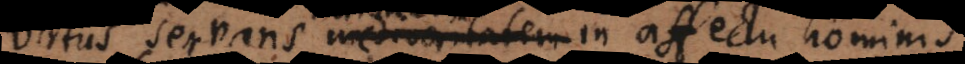
rtus servans rationem in affectu hominis